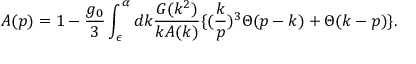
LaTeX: A ( p ) = 1 - \frac { g _ { 0 } } { 3 } \int _ { \epsilon } ^ { \alpha } d k \frac { G ( k ^ { 2 } ) } { k A ( k ) } \{ ( \frac { k } { p } ) ^ { 3 } \Theta ( p - k ) + \Theta ( k - p ) \} .